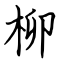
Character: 柳